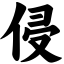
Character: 侵